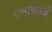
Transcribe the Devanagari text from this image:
गव्यांसारखे